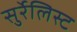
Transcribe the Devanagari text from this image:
सुर्रेलिस्ट